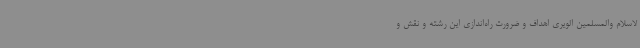
لاسلام والمسلمین الویری اهداف و ضرورت راه‌اندازی این رشته و نقش و